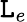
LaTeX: \mathtt{L}_{e}